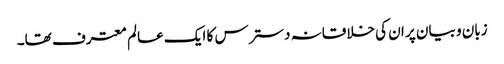
زبان و بیان پر ان کی خلاقانہ دسترس کا ایک عالم معترف تھا۔